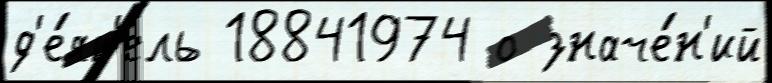
д'е́ят'ель 18841974 о значе́н'ий